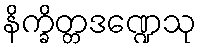
နိက္ခိတ္တဒဏ္ဍေသု